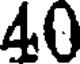
40